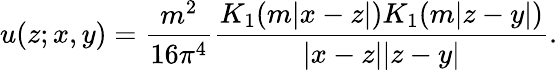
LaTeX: u(z;x,y)=\frac{m^{2}}{16\pi^{4}}\frac{K_{1}(m|x-z|)K_{1}(m|z-y|)}{|x-z||z-y|}.